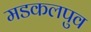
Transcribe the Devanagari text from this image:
मडकलपुव